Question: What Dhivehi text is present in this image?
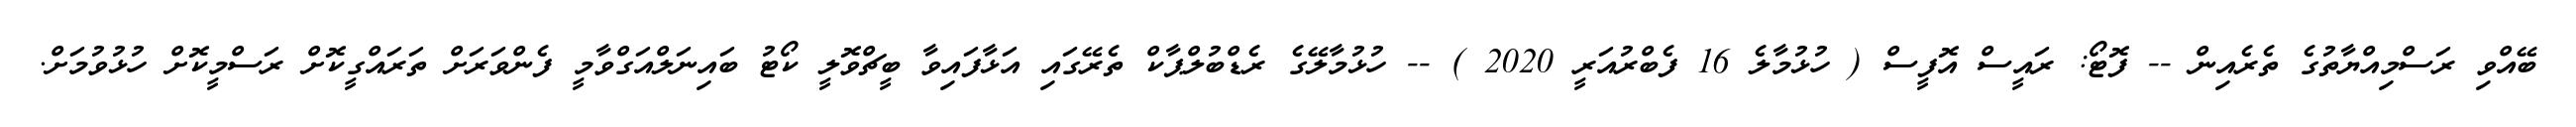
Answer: ބޭއްވި ރަސްމިއްޔާތުގެ ތެރެއިން -- ފޮޓޯ: ރައީސް އޮފީސް ( ހުޅުމާލެ 16 ފެބްރުއަރީ 2020 ) -- ހުޅުމާލޭގެ ރެޑްބުލްޕާކް ތެރޭގައި އަޅާފައިވާ ބީޗްވޮލީ ކޯޓު ބައިނަލްއަގްވާމީ ފެންވަރަށް ތަރައްގީކޮށް ރަސްމީކޮށް ހުޅުވުމަށް.